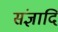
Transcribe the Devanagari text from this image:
संज्ञादि